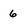
Character: 6